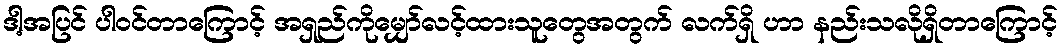
ဒါ့အပြင် ပါဝင်တာကြောင့် အရှည်ကိုမျှော်လင့်ထားသူတွေအတွက် လက်ရှိ ဟာ နည်းသလိုရှိတာကြောင့်